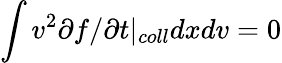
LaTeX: \int v^{2}\partial f/\partial t\rvert_{coll}dxdv=0